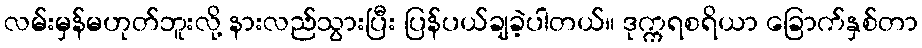
လမ်းမှန်မဟုတ်ဘူးလို့ နားလည်သွားပြီး ပြန်ပယ်ချခဲ့ပါတယ်။ ဒုက္ကရစရိယာ ခြောက်နှစ်တာ